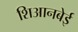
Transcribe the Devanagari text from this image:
शिआनबेई